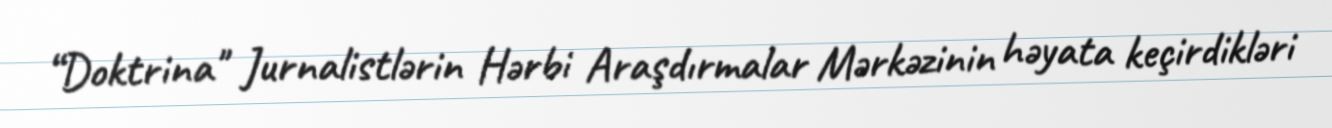
“Doktrina" Jurnalistlərin Hərbi Araşdırmalar Mərkəzinin həyata keçirdikləri